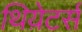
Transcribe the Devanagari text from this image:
थिय़ेटर्स